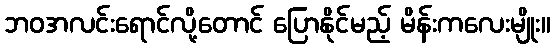
ဘဝအလင်းရောင်လို့တောင် ပြောနိုင်မည့် မိန်းကလေးမျိုး။